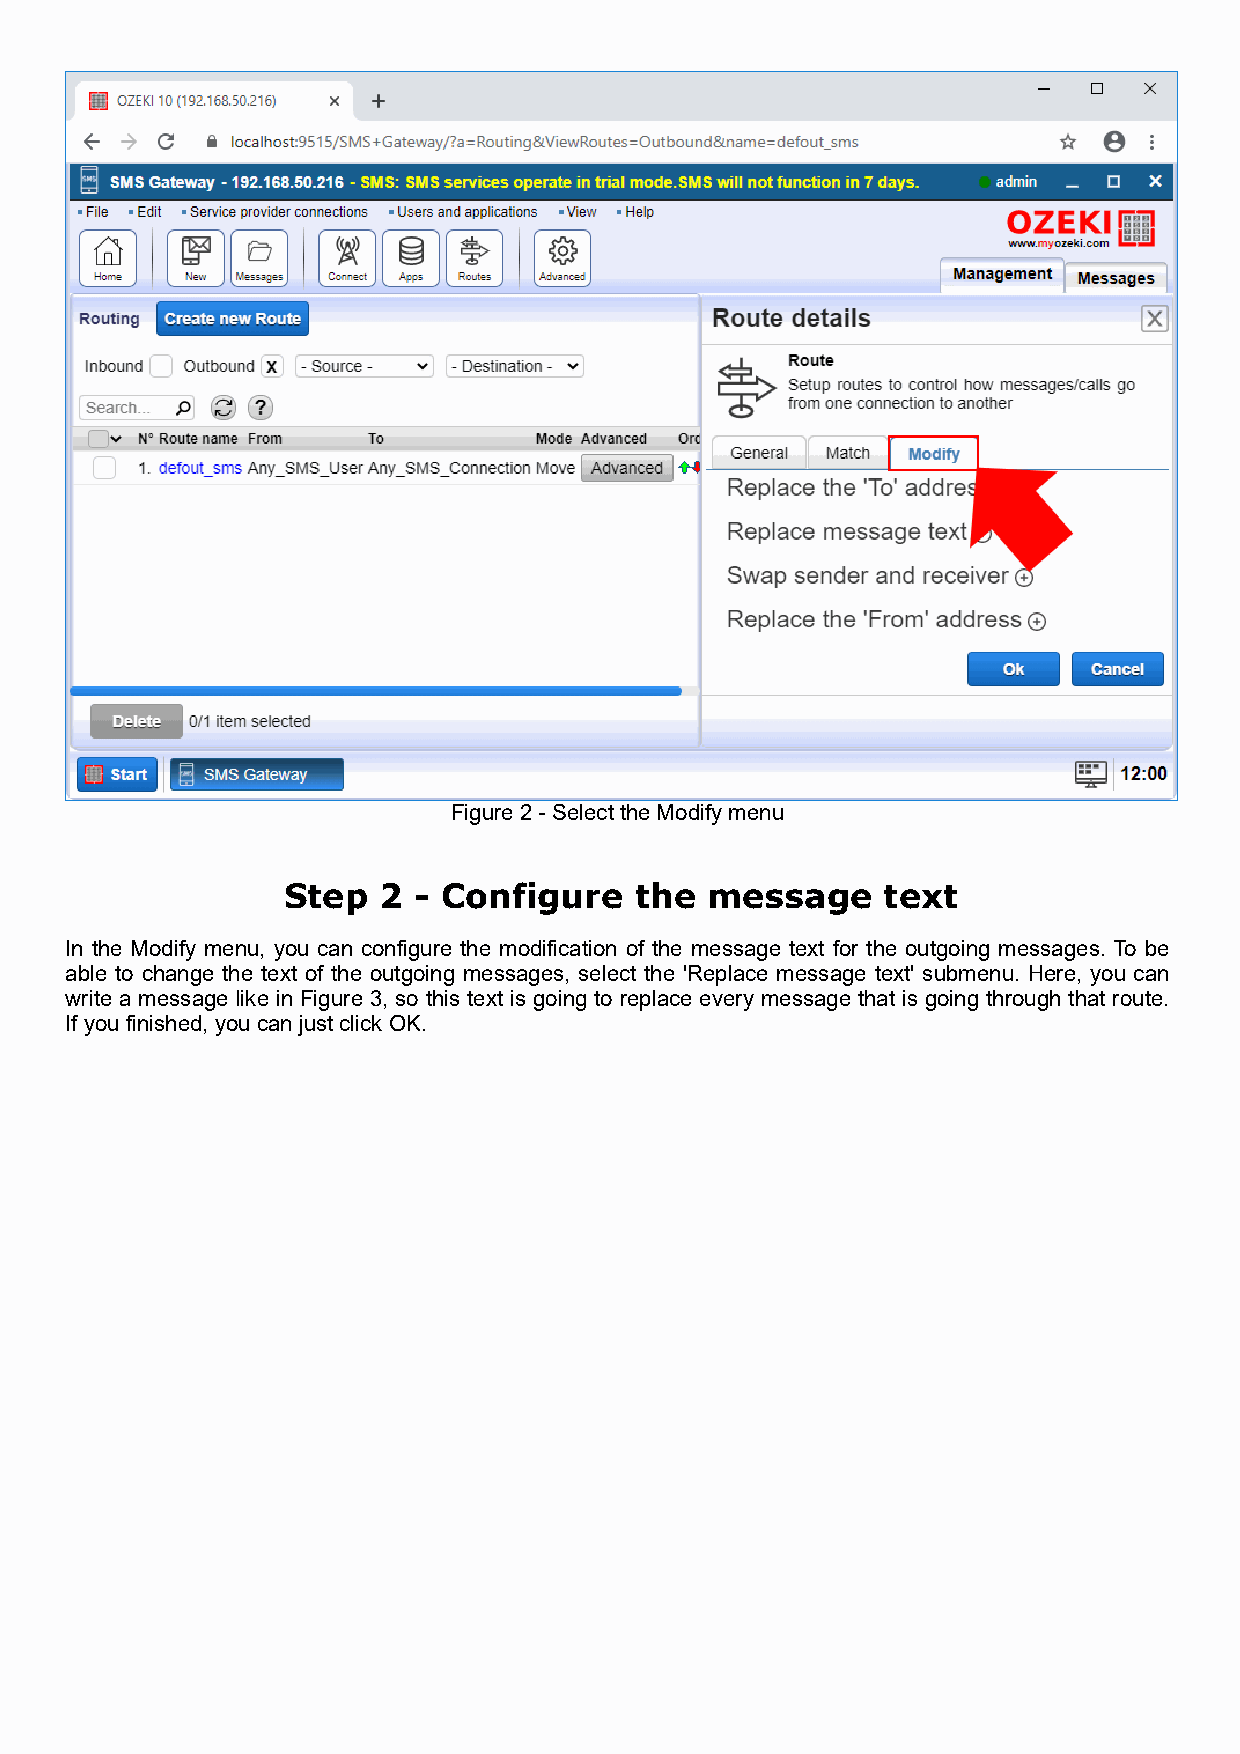
Figure 2 - Select the Modify menu
 Step  2 - Configure    the  message    text
 In the Modify menu, you can configure the modification of the message text for the outgoing messages. To be
 able to change the text of the outgoing messages, select the 'Replace message text' submenu. Here, you can
 write a message like in Figure 3, so this text is going to replace every message that is going through that route.
 If you finished, you can just click OK.